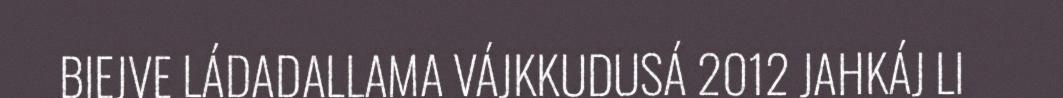
BIEJVE LÁDADALLAMA VÁJKKUDUSÁ 2012 JAHKÁJ LI